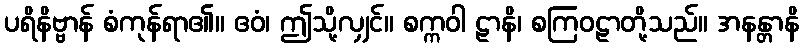
ပရိနိဗ္ဗာန် စံကုန်ရာ၏။ ဧဝံ၊ ဤသို့လျှင်။ စက္ကဝါ ဠာနိ၊ စကြဝဠာတို့သည်။ အနန္တာနိ